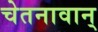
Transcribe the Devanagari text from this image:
चेतनावान्‌